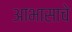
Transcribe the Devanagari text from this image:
आभासाचे